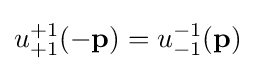
u_{+1}^{+1}(\mathbf {-p} )=u_{-1}^{-1}(\mathbf {p} )